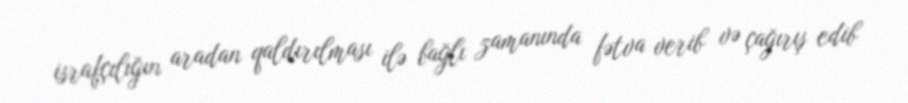
israfçılığın aradan qaldırılması ilə bağlı zamanında fətva verib və çağırış edib